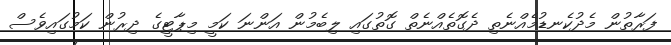
ފަރާތުން މެދުކެނޑުމެއްނެތި ދެގޮތެއްނެތް ގޮތުގައި ލިބެމުން އަންނަ ކަމީ މިޕާޓީގެ ދިރުން ކަމުގައިވެސް